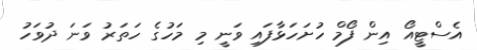
އެސްޓީއޯ އިން ފޯމް ހުށަހަޅާފައި ވަނީ މި މަހުގެ ހަތަރު ވަނަ ދުވަހު